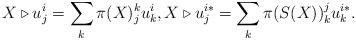
LaTeX: \begin{align*}X \triangleright u^i_j = \sum_k \pi(X)^k_j u^i_k, X \triangleright u^{i*}_j = \sum_k \pi(S(X))^j_k u^{i*}_k.\end{align*}